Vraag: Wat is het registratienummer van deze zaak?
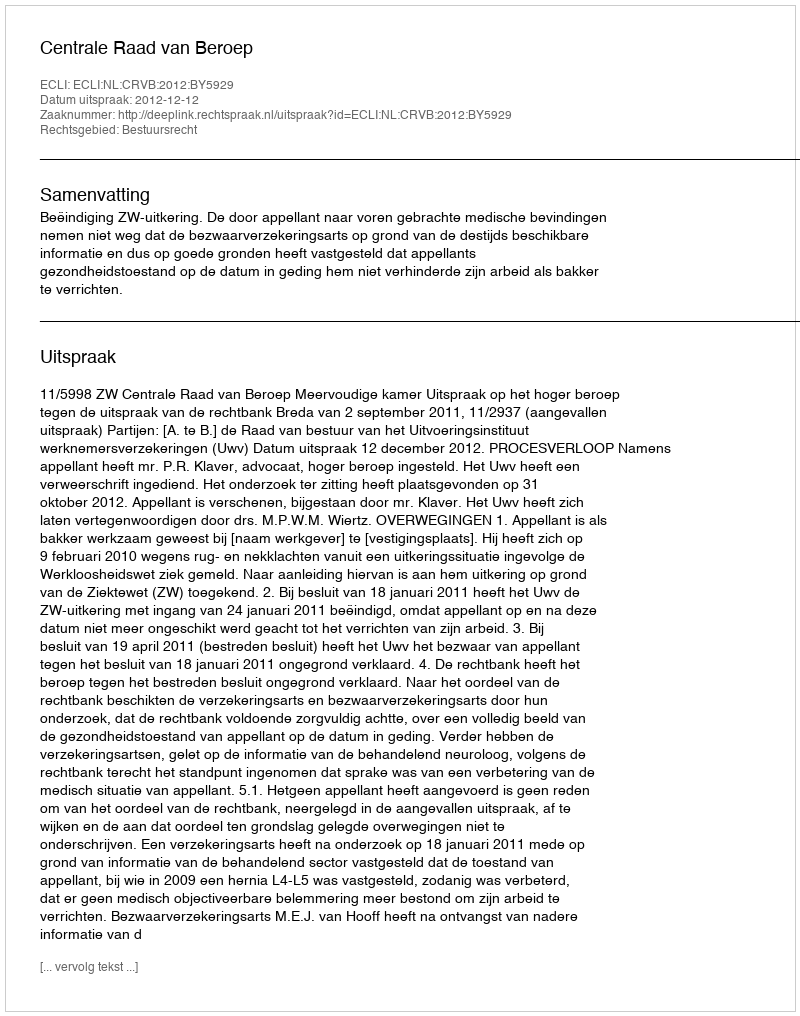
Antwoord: http://deeplink.rechtspraak.nl/uitspraak?id=ECLI:NL:CRVB:2012:BY5929